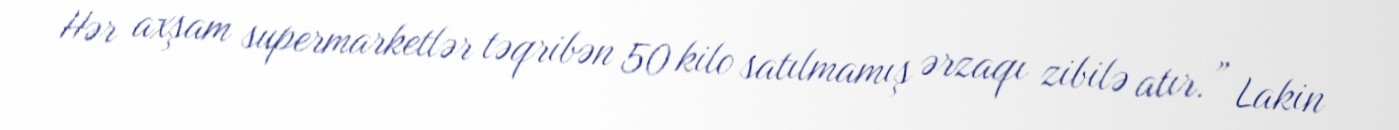
Hər axşam supermarketlər təqribən 50 kilo satılmamış ərzaqı zibilə atır.” Lakin